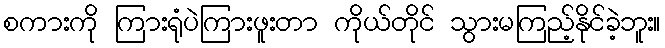
စကားကို ကြားရုံပဲကြားဖူးတာ ကိုယ်တိုင် သွားမကြည့်နိုင်ခဲ့ဘူး။